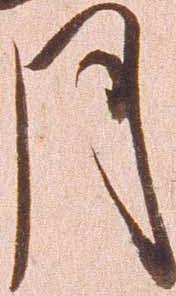
月